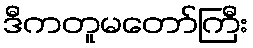
ဒီကတူမတော်ကြီး